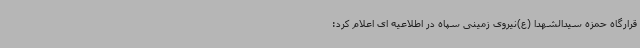
قرارگاه حمزه سیدالشهدا (ع)نیروی زمینی سپاه در اطلاعیه ای اعلام کرد: